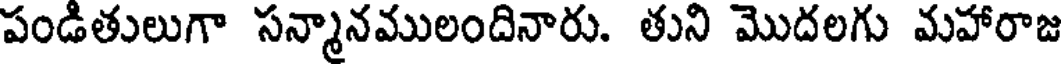
పండితులుగా సన్మానములందినారు. తుని మొదలగు మహారాజ